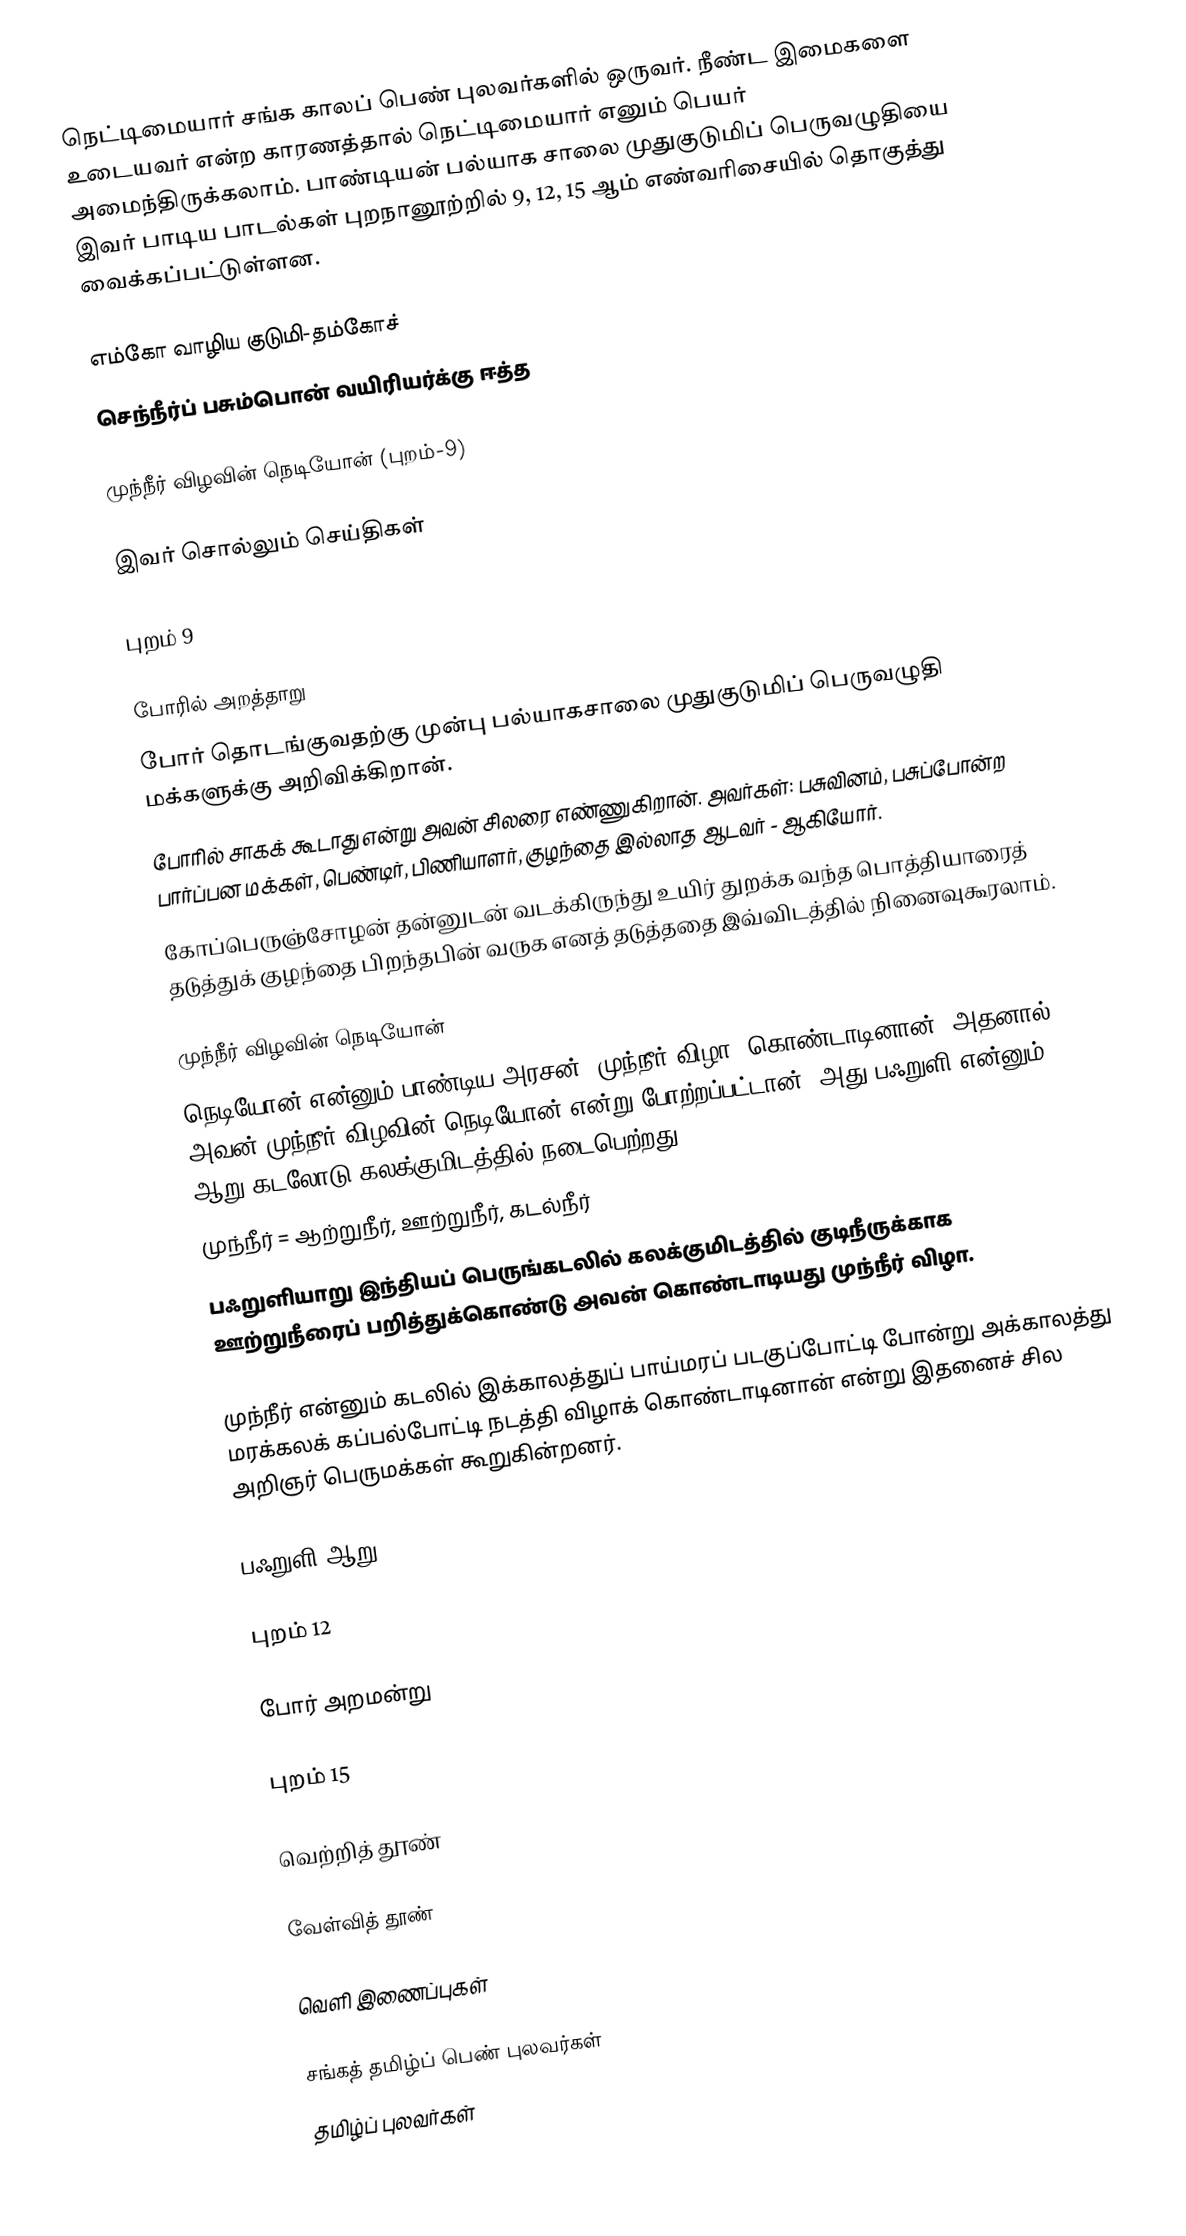
நெட்டிமையார் சங்க காலப் பெண் புலவர்களில் ஒருவர். நீண்ட இமைகளை உடையவர் என்ற காரணத்தால் நெட்டிமையார் எனும் பெயர் அமைந்திருக்கலாம். பாண்டியன் பல்யாக சாலை முதுகுடுமிப் பெருவழுதியை இவர் பாடிய பாடல்கள் புறநானூற்றில் 9, 12, 15 ஆம் எண்வரிசையில் தொகுத்து வைக்கப்பட்டுள்ளன.

எம்கோ வாழிய குடுமி-தம்கோச்
செந்நீர்ப் பசும்பொன் வயிரியர்க்கு ஈத்த

முந்நீர் விழவின் நெடியோன் (புறம்-9)

இவர் சொல்லும் செய்திகள்

புறம் 9

போரில் அறத்தாறு
போர் தொடங்குவதற்கு முன்பு பல்யாகசாலை முதுகுடுமிப் பெருவழுதி மக்களுக்கு அறிவிக்கிறான்.
போரில் சாகக் கூடாது என்று அவன் சிலரை எண்ணுகிறான். அவர்கள்: பசுவினம், பசுப்போன்ற பார்ப்பன மக்கள், பெண்டிர், பிணியாளர், குழந்தை இல்லாத ஆடவர் - ஆகியோர்.
 கோப்பெருஞ்சோழன் தன்னுடன் வடக்கிருந்து உயிர் துறக்க வந்த பொத்தியாரைத் தடுத்துக் குழந்தை பிறந்தபின் வருக எனத் தடுத்ததை இவ்விடத்தில் நினைவுகூரலாம்.

முந்நீர் விழவின் நெடியோன்
நெடியோன் என்னும் பாண்டிய அரசன் 'முந்நீர் விழா' கொண்டாடினான். அதனால் அவன் முந்நீர் விழவின் நெடியோன் என்று போற்றப்பட்டான். அது பஃறுளி என்னும் ஆறு கடலோடு கலக்குமிடத்தில் நடைபெற்றது.
 முந்நீர் = ஆற்றுநீர், ஊற்றுநீர், கடல்நீர்
பஃறுளியாறு இந்தியப் பெருங்கடலில் கலக்குமிடத்தில் குடிநீருக்காக ஊற்றுநீரைப் பறித்துக்கொண்டு அவன் கொண்டாடியது முந்நீர் விழா.

முந்நீர் என்னும் கடலில் இக்காலத்துப் பாய்மரப் படகுப்போட்டி போன்று அக்காலத்து மரக்கலக் கப்பல்போட்டி நடத்தி விழாக் கொண்டாடினான் என்று இதனைச் சில அறிஞர் பெருமக்கள் கூறுகின்றனர்.

பஃறுளி ஆறு

புறம் 12

போர் அறமன்று

புறம் 15

வெற்றித் தூண்

வேள்வித் தூண்

வெளி இணைப்புகள்

சங்கத் தமிழ்ப் பெண் புலவர்கள்
தமிழ்ப் புலவர்கள்